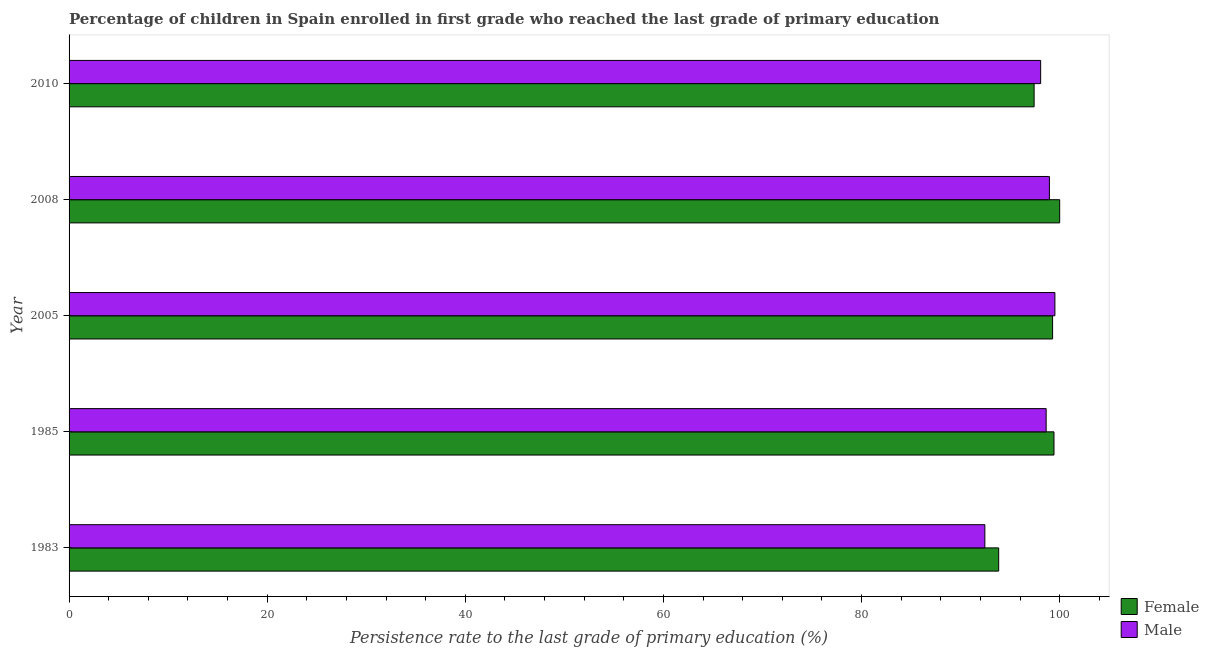
| Year | Female | Male |
 | --- | --- | --- |
 | 1983 | 93.8 | 92.4 |
 | 1985 | 99.4 | 98.6 |
 | 2005 | 99.3 | 99.5 |
 | 2008 | 100 | 99 |
 | 2010 | 97.4 | 98.1 |